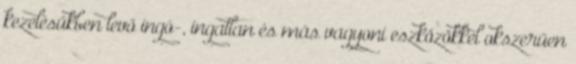
kezelésükben levő ingó-, ingatlan és más vagyoni eszközökkel okszerűen